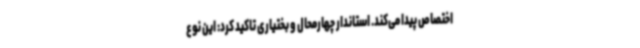
اختصاص پیدا می‌کند. استاندار چهارمحال و بختیاری تاکید کرد: این نوع